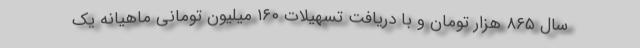
سال ۸۶۵ هزار تومان و با دریافت تسهیلات ۱۶۰ میلیون تومانی ماهیانه یک